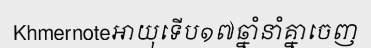
Khmernoteអាយុទើប១៧ឆ្នាំនាំគ្នាចេញ